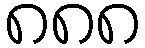
၈၈၈